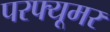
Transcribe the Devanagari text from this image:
परफ्यूमर